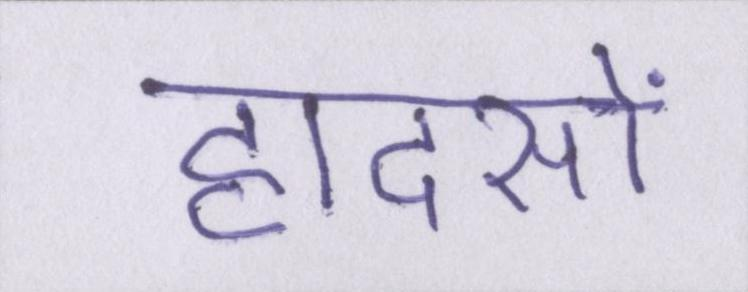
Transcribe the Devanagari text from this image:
हादसों